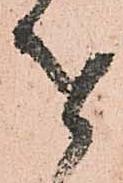
を